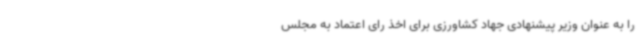
را به عنوان وزیر پیشنهادی جهاد کشاورزی برای اخذ رای اعتماد به مجلس